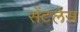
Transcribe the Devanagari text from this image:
सेंटलेस